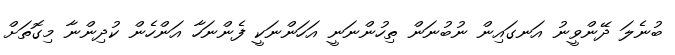
ބުނެލަ ދޭންވީނު އަނގައިން ނުބުނަން ތިހުންނަނީ އަހަންނަކީ ފެންނަހާ އަންހެން ކުދިންނާ މިގޮތަށް